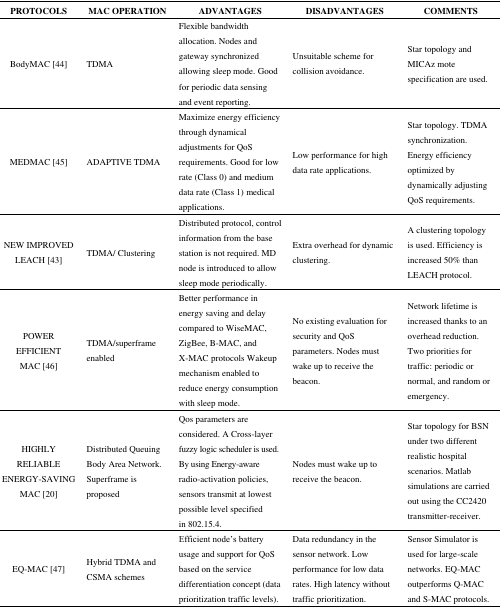
| PROTOCOLS | MAC OPERATION | ADVANTAGES | DISADVANTAGES | COMMENTS |
 | --- | --- | --- | --- | --- |
 | BodyMAC [44] | TDMA | Flexible bandwidth allocation. Nodes and gateway synchronized allowing sleep mode. Good for periodic data sensing and event reporting. | Unsuitable scheme for collision avoidance. | Star topology and MICAz mote specification are used. |
 | MEDMAC [45] | ADAPTIVE TDMA | Maximize energy efficiency through dynamical adjustments for QoS requirements. Good for low rate (Class 0) and medium data rate (Class 1) medical applications. | Low performance for high data rate applications. | Star topology. TDMA synchronization. Energy efficiency optimized by dynamically adjusting QoS requirements. |
 | NEW IMPROVED LEACH [43] | TDMA/ Clustering | Distributed protocol, control information from the base station is not required. MD node is introduced to allow sleep mode periodically. | Extra overhead for dynamic clustering. | A clustering topology is used. Efficiency is increased 50% than LEACH protocol. |
 | POWER EFFICIENT MAC [46] | TDMA/superframe enabled | Better performance in energy saving and delay compared to WiseMAC, ZigBee, B-MAC, and X-MAC protocols Wakeup mechanism enabled to reduce energy consumption with sleep mode. | No existing evaluation for security and QoS parameters. Nodes must wake up to receive the beacon. | Network lifetime is increased thanks to an overhead reduction. Two priorities for traffic: periodic or normal, and random or emergency. |
 | HIGHLY RELIABLE ENERGY-SAVING MAC [20] | Distributed Queuing Body Area Network. Superframe is proposed | Qos parameters are considered. A Cross-layer fuzzy logic scheduler is used. By using Energy-aware radio-activation policies, sensors transmit at lowest possible level specified in 802.15.4. | Nodes must wake up to receive the beacon. | Star topology for BSN under two different realistic hospital scenarios. Matlab simulations are carried out using the CC2420 transmitter-receiver. |
 | EQ-MAC [47] | Hybrid TDMA and CSMA schemes | Efficient node’s battery usage and support for QoS based on the service differentiation concept (data prioritization traffic levels). | Data redundancy in the sensor network. Low performance for low data rates. High latency without traffic prioritization. | Sensor Simulator is used for large-scale networks. EQ-MAC outperforms Q-MAC and S-MAC protocols. |